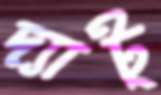
দ্যাট্